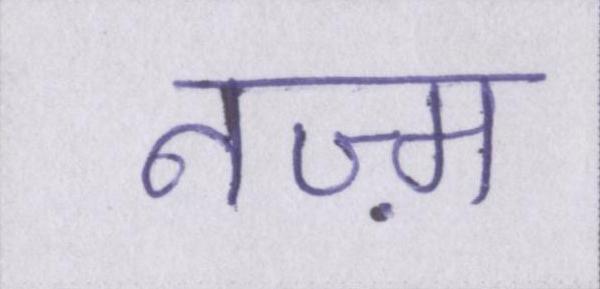
नज़्म